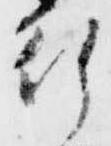
行